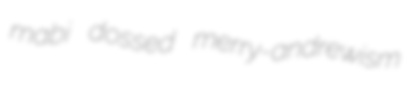
mabi dossed merry-andrewism